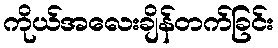
ကိုယ်အလေးချိန်တက်ခြင်း